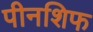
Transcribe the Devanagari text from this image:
पीनशिफ